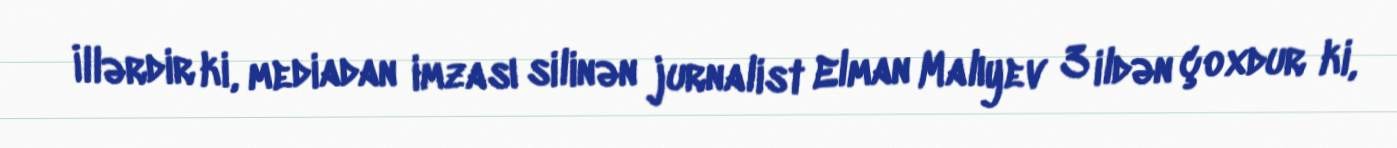
İllərdir ki, mediadan imzası silinən jurnalist Elman Malıyev 3 ildən çoxdur ki,